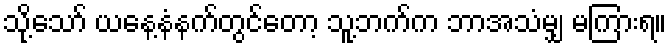
သို့သော် ယနေ့နံနက်တွင်တော့ သူ့ဘက်က ဘာအသံမျှ မကြားရ။